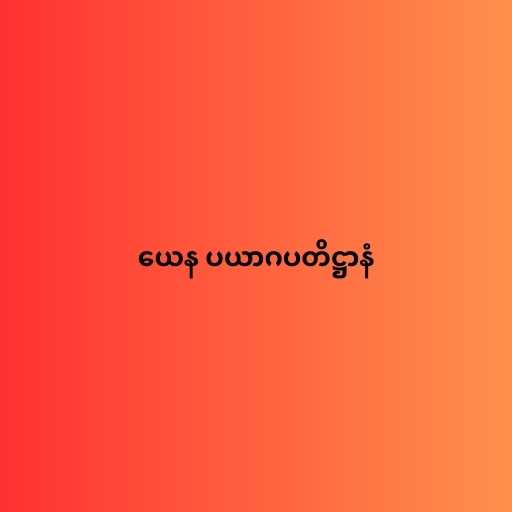
ယေန ပယာဂပတိဋ္ဌာနံ